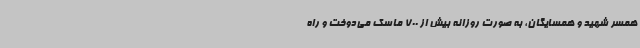
همسر شهید و همسایگان، به صورت روزانه بیش از 700 ماسک می‌دوخت و راه